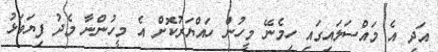
އަދި އެ މައްސަލައިގައި ހިމެނޭ މީހުން ހައްޔަރުކޮށް އެ މީހުންނާ މެދު ފިޔަވަޅު